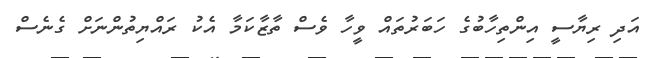
އަދި ރިޔާސީ އިންތިހާބުގެ ހަބަރުތައް ވީހާ ވެސް ތާޒާކަމާ އެކު ރައްޔިތުންނަށް ގެނެސް